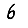
Digit: 6